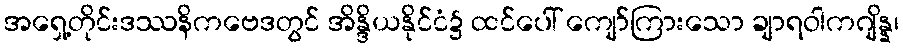
အရှေ့တိုင်းဒဿနိကဗေဒတွင် အိန္ဒိယနိုင်ငံ၌ ထင်ပေါ် ကျော်ကြားသော ချာရဝါကဂျိန္န၊